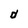
Character: d